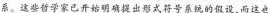
系。这些哲学家已开始明确提出形式符号系统的假设，而这也